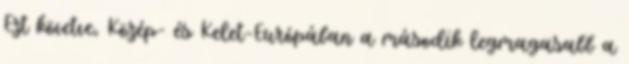
Ezt követve, Közép- és Kelet-Európában a második legmagasabb a